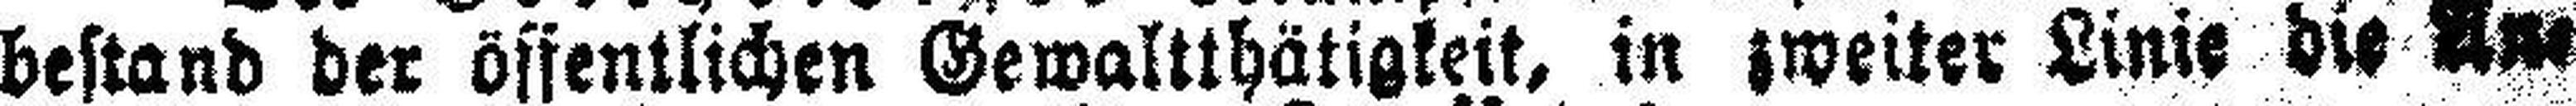
bestand der öffentlichen Gewaltthätigkeit, in zweiter Linie die An¬